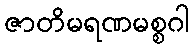
ဇာတိမရဏမစ္စဂါ